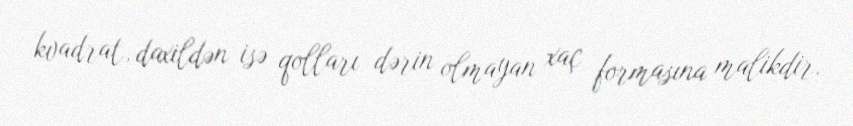
kvadrat, daxildən isə qolları dərin olmayan xaç formasına malikdir.